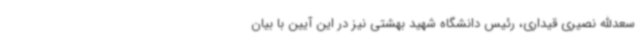
سعدالله نصیری قیداری، رئیس دانشگاه شهید بهشتی نیز در این آیین با بیان